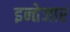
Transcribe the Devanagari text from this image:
इन्तेजार